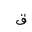
Letter: _qaf